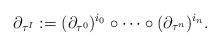
LaTeX: \begin{align*}\partial_{\tau^I}:=(\partial_{\tau^0})^{i_0}\circ\dots\circ (\partial_{\tau^{n}})^{i_{n}}.\end{align*}